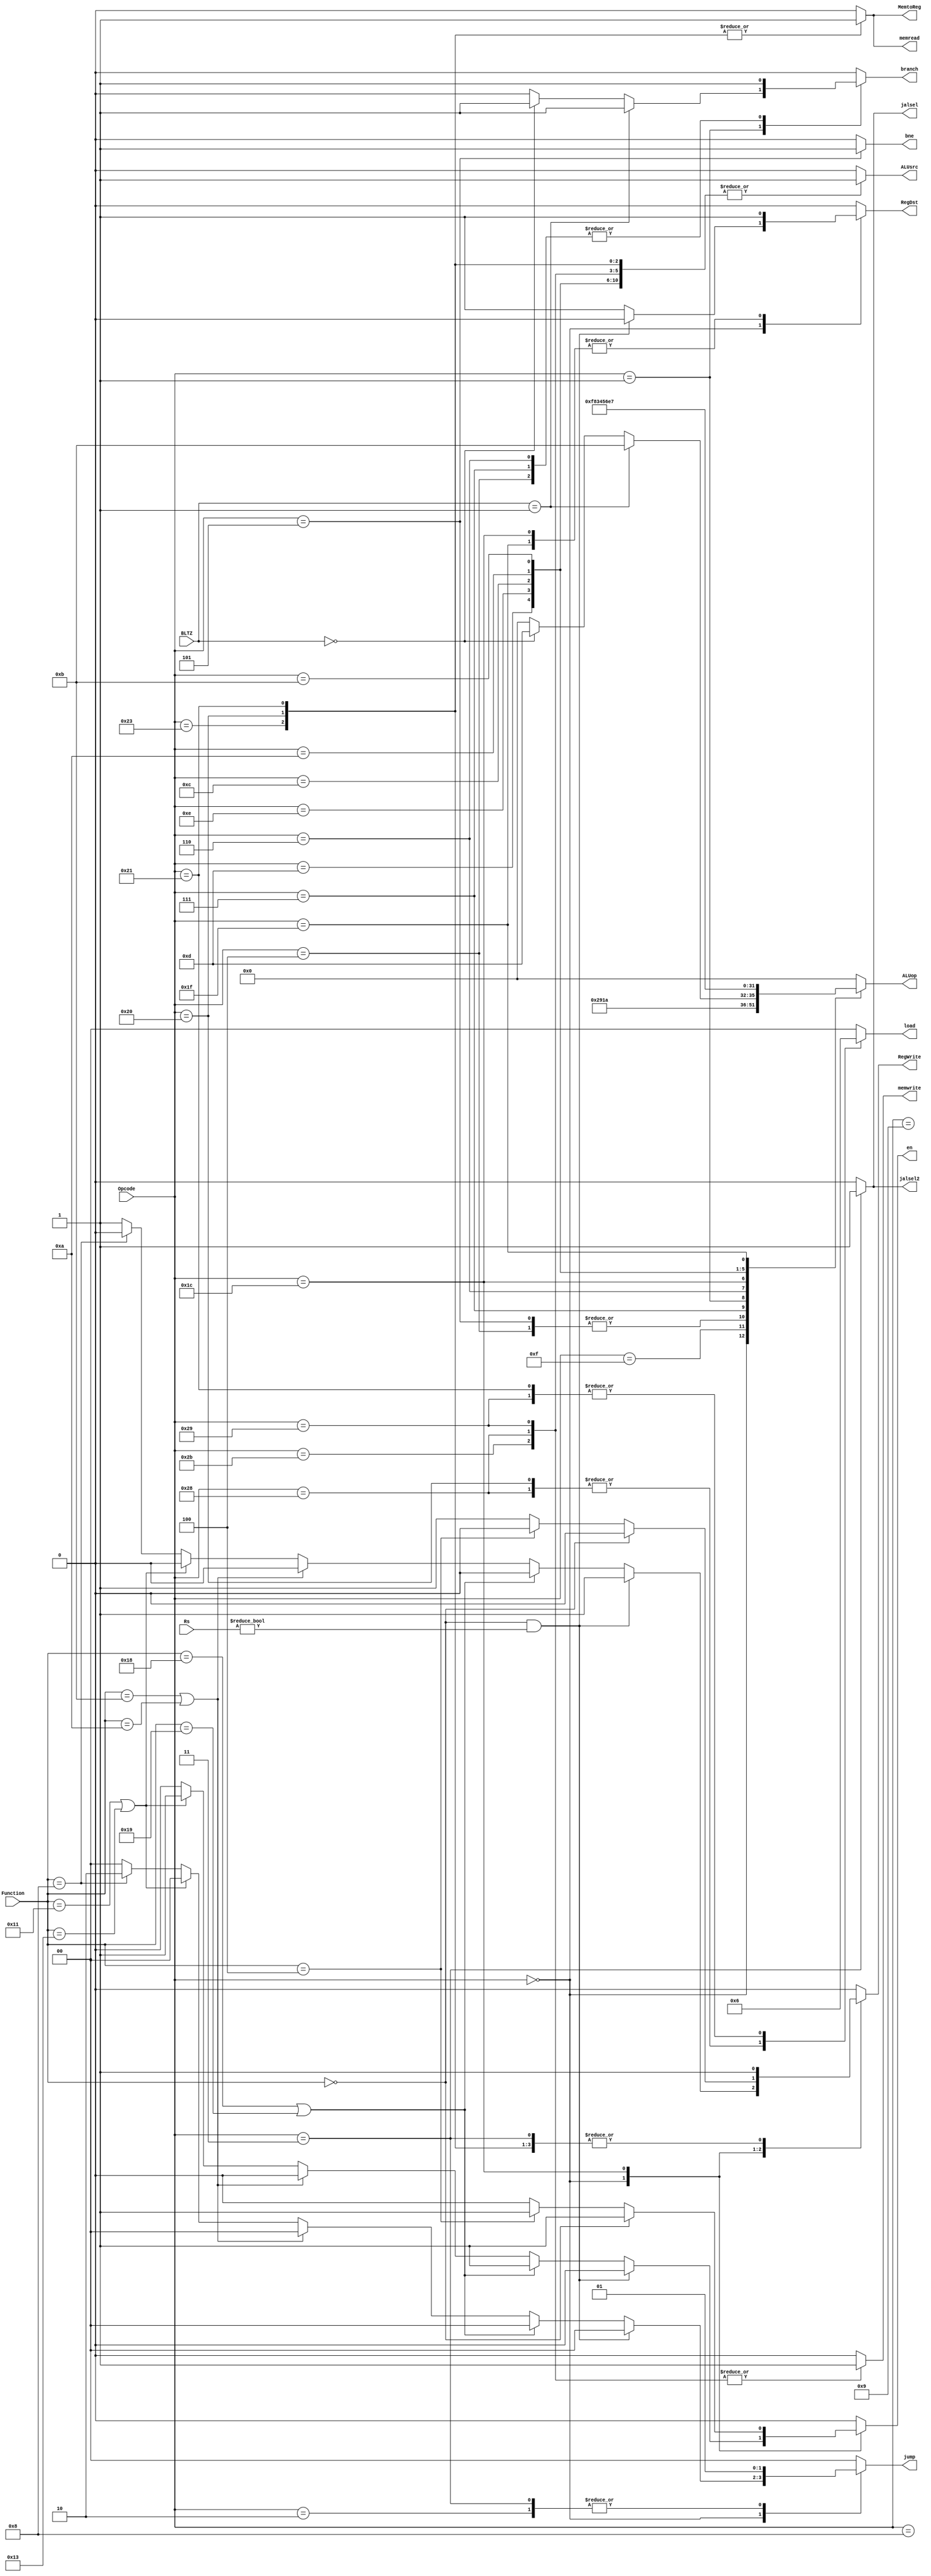
`timescale 1ns / 1ps
//////////////////////////////////////////////////////////////////////////////////
/////////////////////////////////////////////////

//  Hanlin Chen Adam Awale Percentage 50/50 
module ControlUnit(Rs,Opcode,BLTZ,Function,ALUop,RegWrite,RegDst,ALUsrc,en,memwrite,memread,MemtoReg,load,branch,bne,jump,jalsel,jalsel2);
input [4:0] BLTZ;
input [4:0]Rs;
input [5:0] Function;
input [5:0] Opcode;
output reg [3:0]ALUop;
output reg RegWrite;
output reg RegDst;
output reg ALUsrc;
output reg en;
output reg MemtoReg;
output reg memwrite;
output reg memread;
output reg [1:0]load;
output reg branch;
output reg bne;
output reg [1:0]jump;
output reg jalsel;
output reg jalsel2;
   always@(*)begin 
   ALUop<=4'b0000; // defualt setting 
   RegWrite<=0;
   RegDst<=0;
   ALUsrc<=0;
   en<=0;
   MemtoReg<=0;
   memwrite<=0;
   memread<=0;
   load<=2'd0;
   branch<=0;
   bne<=0;
   jump<=2'd0;
   jalsel<=0;
   jalsel2<=0;
   case(Opcode)
   6'b000000:begin // add sub  and  or slt mult
           ALUop<=4'b0010;
           RegWrite<=1;
           RegDst<=1;
           if(Function==6'b000000&&Rs!=5'd0)begin
            RegDst<=0;
           end 
            else if(Function==6'b011000||Function==6'b011001)begin // not write to register for mult instruction 
           en<=1;
           RegWrite<=0;
            end 
           else if(Function==6'b001011||Function==6'b001010)begin// movn movz 
             RegWrite<=0;
             end 
            else if (Function==6'b010001||Function==6'b010011)begin // MTHI,MTLO
            en<=1;
             RegWrite<=0;
            end 
            else if(Function==6'b001000)begin// jr
             RegWrite<=0;
            jump<=2'd2;
            end 
           end     
    6'b001111:begin// lui 
     RegWrite<=1;
     ALUsrc<=1;
     ALUop<=4'b1001;
    end          
   6'b100011:begin // lw
             MemtoReg<=1;
             RegWrite<=1;
             ALUsrc<=1;
             memread<=1;
   end 
    6'b101011:begin // sw
             ALUsrc<=1;
             memwrite<=1;
     end 
   6'b100000:begin// lb  
               MemtoReg<=1;
               RegWrite<=1;
               ALUsrc<=1;
               memread<=1;
               load<=2'd1;
   end 
              
    6'b101000:begin //sb
              ALUsrc<=1;
              memwrite<=1;
              load<=2'd1;
    end 
    
    6'b100001:begin //lh
                MemtoReg<=1;
                 RegWrite<=1;
                 ALUsrc<=1;
                 memread<=1;
                 load<=2'd2;
    end 
    6'b101001:begin  // sh
        ALUsrc<=1;
        memwrite<=1;
        load<=2'd2;
    end 
    
    6'b001000:begin // addi 
               RegWrite<=1;
                ALUsrc<=1;
     end 
     6'b001001:begin // addiu 
               RegWrite<=1;
               ALUsrc<=1;
          end     
     6'b000100:begin // beq 
                ALUop<=4'b0001;
                branch<=1;
               end   
               
      6'b000101:begin // bnq 
             ALUop<=4'b0001;
             bne<=1;
             end            
       6'b000111:begin // bgtz
        branch<=1;
        ALUop<=4'b1010;
       end    
       6'b000001:begin // bgez or bltz
            if(BLTZ==5'b00001)begin // bgez
               branch<=1;
               ALUop<=4'b1011;
               end 
              else if(BLTZ==5'b00000)begin // bltz
                branch<=1;
                ALUop<=4'b1101;
               end 
              end    
         6'b000110:begin // blez
                    branch<=1;
                    ALUop<=4'b1111;
                   end    
     6'b011100:begin // mul 
                ALUop<=4'b1000;
                RegDst<=1;           
          if(Function==6'b000000)begin // for MADD
          en<=1; 
                 RegWrite<=0;
           end 
        else if(Function==6'b000100)begin // for  MSUB
        en<=1; 
                    RegWrite<=0;
                      end 
           else begin 
                RegWrite<=1;
           end 
               end     
      6'b001101:begin // ori 
                  ALUop<=4'b0011;
                  ALUsrc<=1;         
                  RegWrite<=1;
           end 
      6'b001110:begin // xori 
                ALUop<=4'b0100;
                ALUsrc<=1;         
                RegWrite<=1;
             end 
       6'b001100:begin // andi  
                ALUop<=4'b0101;
                ALUsrc<=1;         
                RegWrite<=1;
           end 
       6'b001010:begin // slti  
                  ALUop<=4'b0110;
                  ALUsrc<=1;         
                  RegWrite<=1;
             end 
       6'b001011:begin //sltiu
        ALUop<=4'b1110;
        ALUsrc<=1;         
        RegWrite<=1;
       end  
       6'b011111:begin// seh or seb
            ALUop<=4'b0111;
            RegWrite<=1;
            RegDst<=1;
       end  
       
      6'b000010:begin //j
      jump<=2'd1;
      end 
      6'b000011:begin //jal
      jump<=2'd1;
      jalsel<=1;
      jalsel2<=1;
      RegWrite<=1;
      end
   endcase  
   
 end 
endmodule